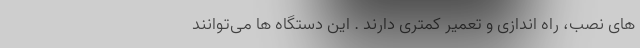
های نصب، راه اندازی و تعمیر کمتری دارند . این دستگاه ها می‌توانند